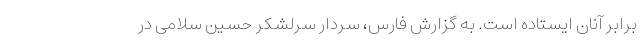
برابر آنان ایستاده است. به گزارش فارس، سردار سرلشکر حسین سلامی در